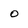
Character: O